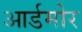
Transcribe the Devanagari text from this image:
आर्डमोर